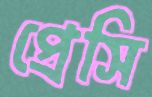
প্রেসি